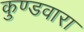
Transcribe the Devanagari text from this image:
कुण्डवारा